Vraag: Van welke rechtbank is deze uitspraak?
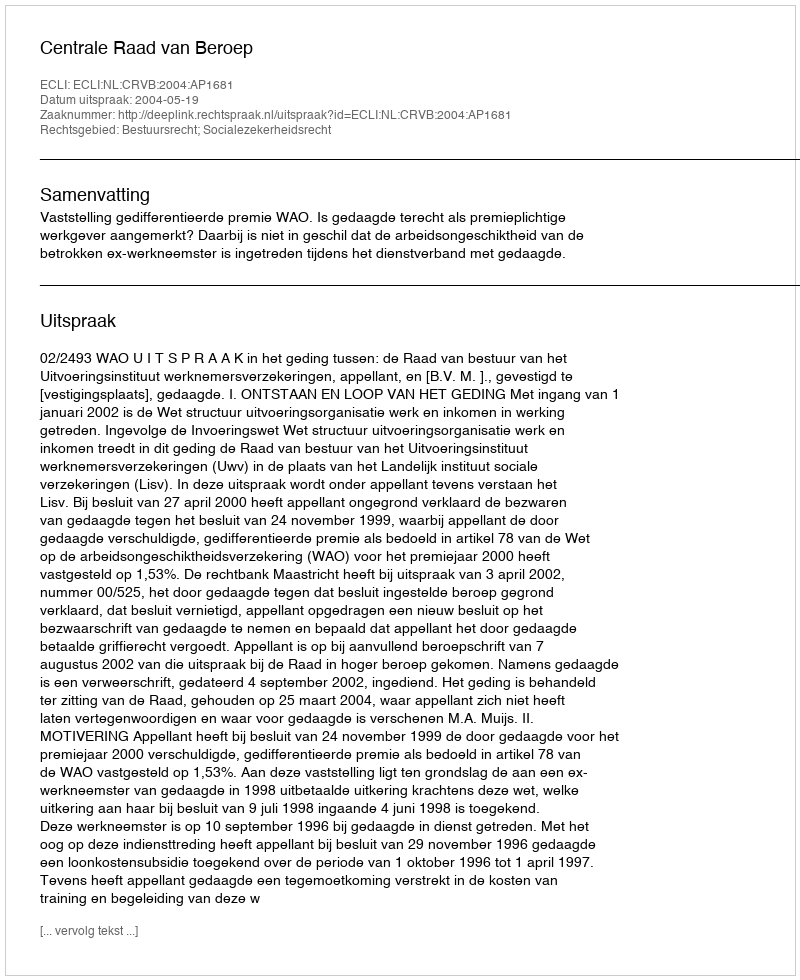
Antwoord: Centrale Raad van Beroep